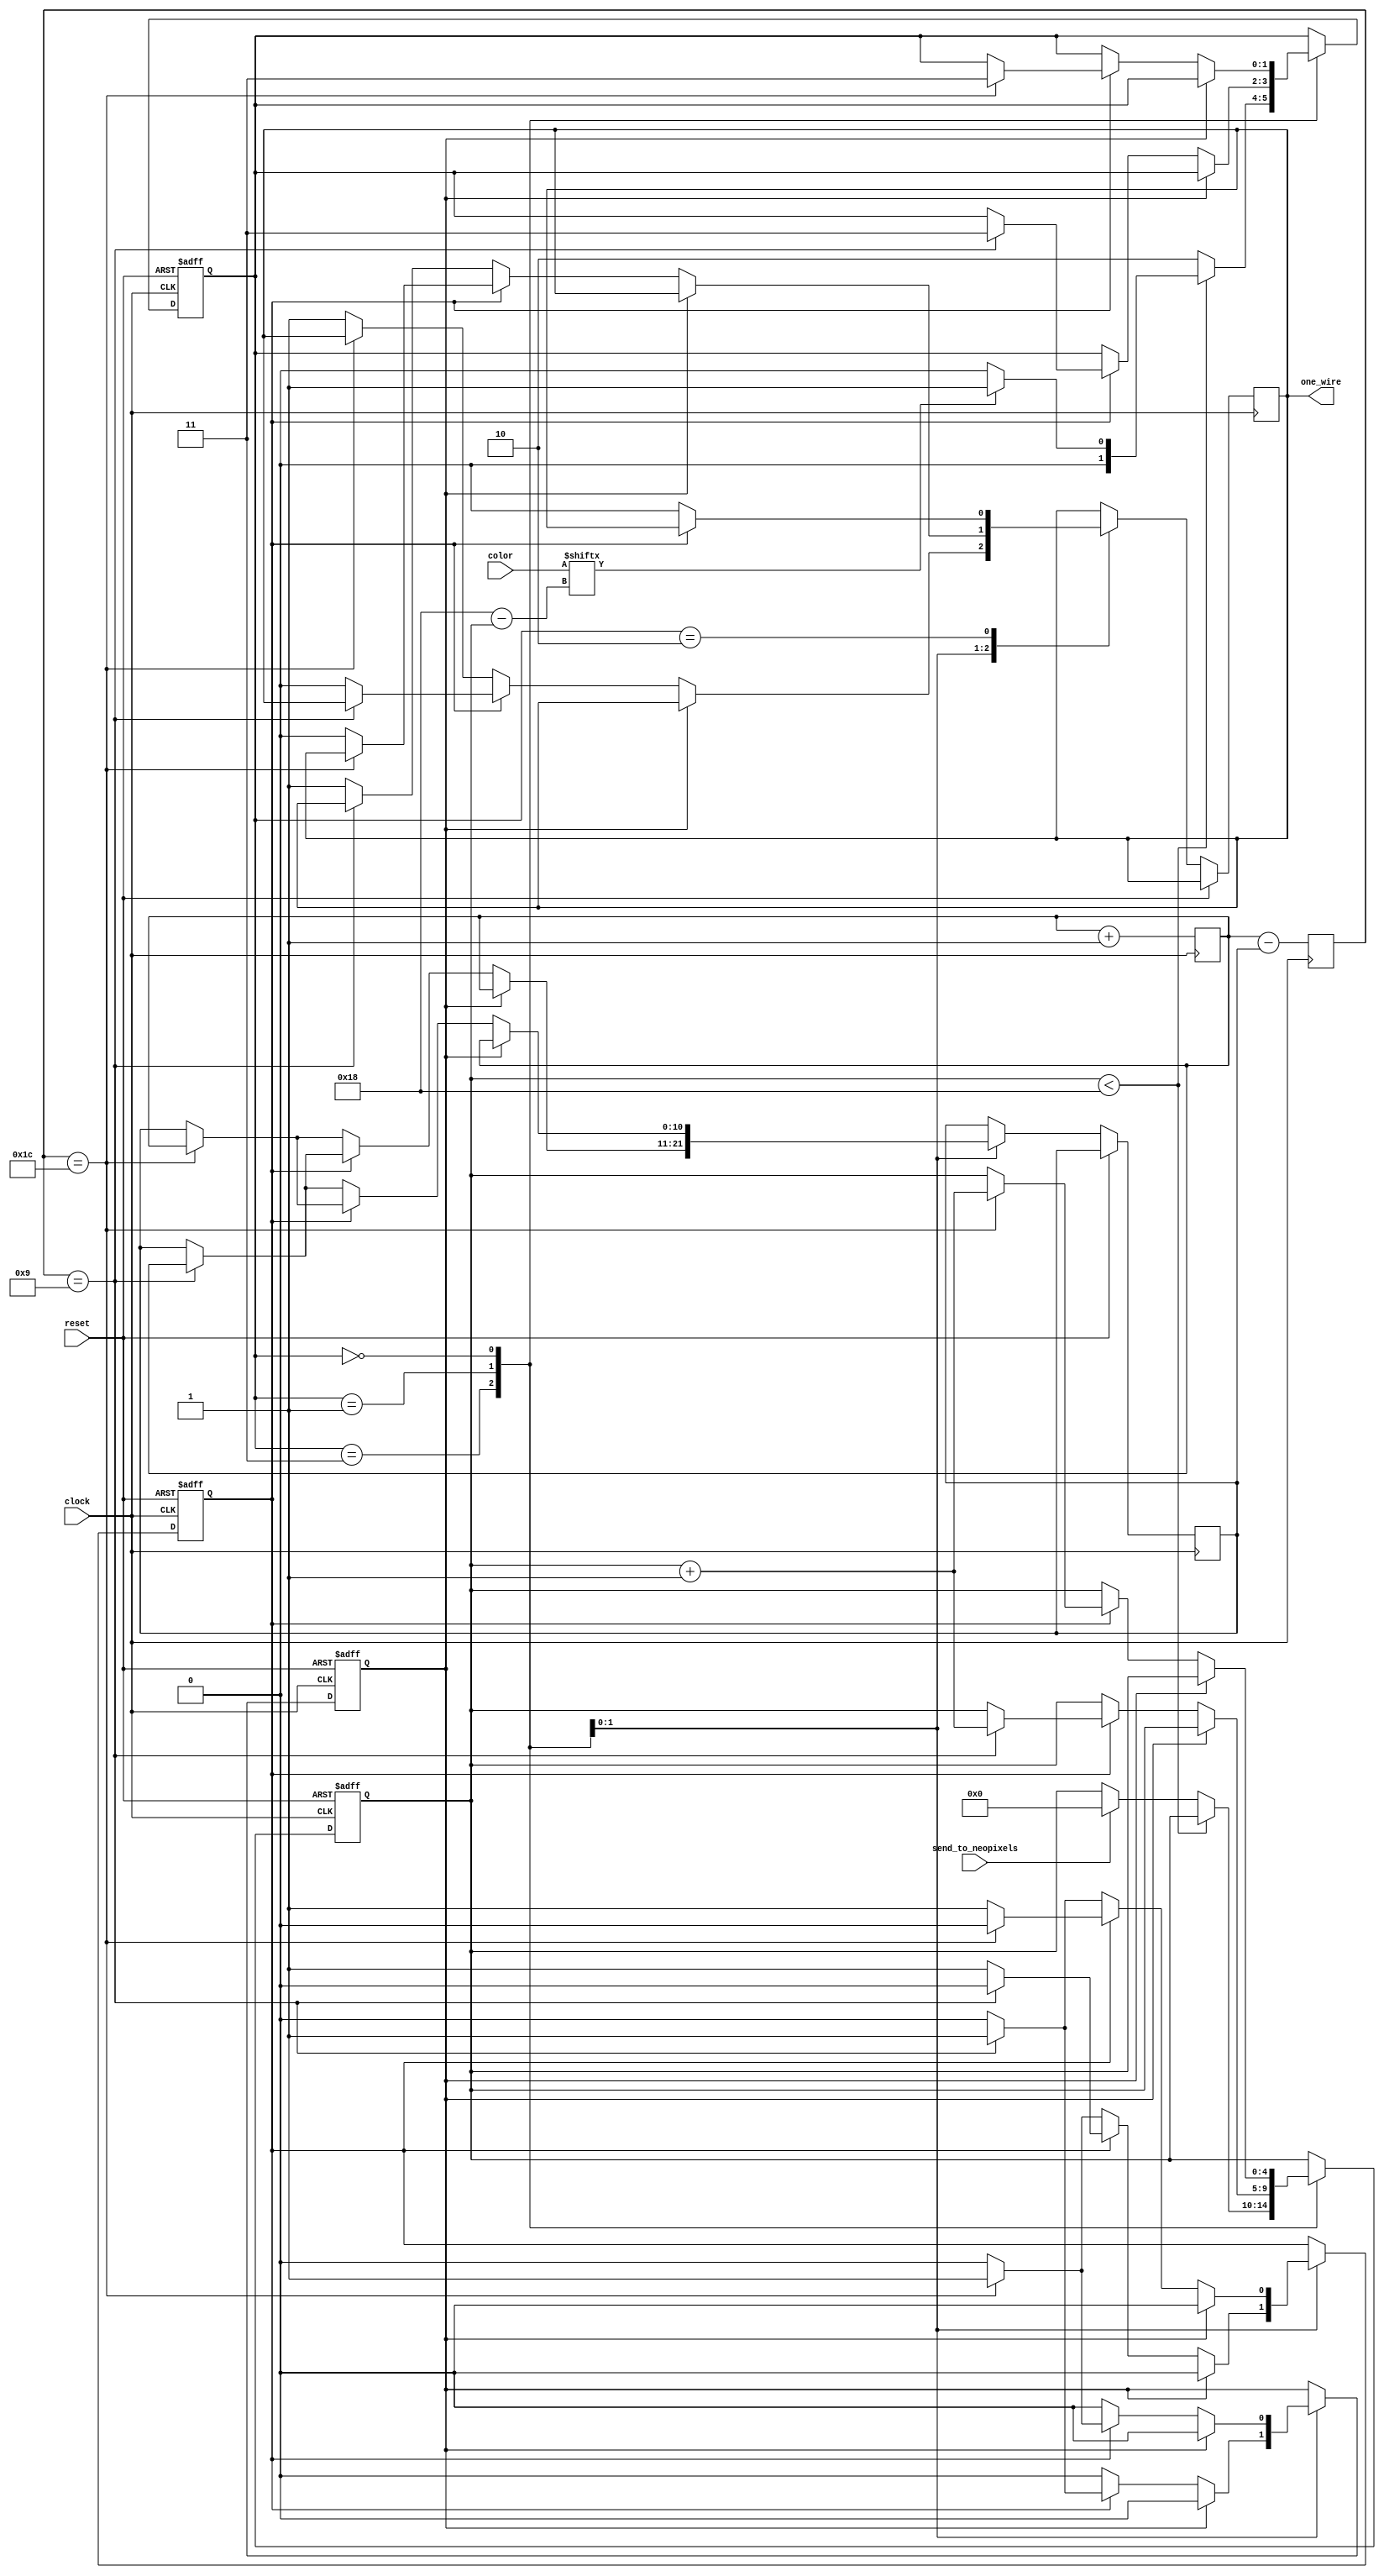
module neopixel #(parameter CLOCK_SPEED_HZ = 32_000_000)(
    input clock,
    input reset,
    input wire [23:0] color,
    input send_to_neopixels,
    output reg one_wire
  );

reg [10:0] timer;
reg [10:0] t0;
reg [10:0] t1;

always @ ( posedge clock ) begin
  timer <= timer + 1;
  t1 <= (timer - t0);
end


reg [1:0] state;
reg [4:0] bit_ctr;
wire color_bit;
reg start;

assign color_bit = color[(24-bit_ctr)];

always @(posedge clock, posedge reset) begin: neo_pixel_transmitter
		parameter SEND_0  = 0, SEND_1 = 1,LATCH = 2, IDLE = 3;
		reg done;
		if(reset==1) begin
			start <= 1;
			done <= 0;
			state <= 3;
			bit_ctr <= 24;
		end else begin
			case(state)
				IDLE : 	begin
								if(bit_ctr<24) begin
									state <= (color_bit?SEND_1:SEND_0);
								end else begin
									state <= LATCH;
									if(send_to_neopixels) begin
										bit_ctr <= 0;
									end
								end
							end
				SEND_1 : begin
								if (start == 1) begin
									t0 <= timer;
									start <= 0;
									done <= 0;
								end else begin
									if( done == 0 ) begin
										if( t1 == (CLOCK_SPEED_HZ/1111111) ) begin // 0.9 us approx 1111111 Hz
											done <= 1;
											t0 <= timer;
										end else begin
    										one_wire <= 1;
										end
									end else begin
										if( t1 == (CLOCK_SPEED_HZ/3333333) ) begin // 0.3 us approx 3333333 Hz
											done <= 0;
											start <= 1;
											t0 <= timer;
											state <= IDLE;
											bit_ctr <= bit_ctr+1;
										end else begin
    										one_wire <= 0;
										end
									end
								end
							end
				SEND_0 : begin
								if (start == 1) begin
									t0 <= timer;
									start <= 0;
									done <= 0;
								end else begin
									if( done == 0 ) begin
										if( t1 == (CLOCK_SPEED_HZ/3333333) ) begin // 0.3 us approx 3333333 Hz
											done <= 1;
											t0 <= timer;
										end else begin
										    one_wire <= 1;
										end
									end else begin
										if( t1 == (CLOCK_SPEED_HZ/1111111) ) begin // 0.9 us approx 1111111 Hz
											done <= 0;
											start <= 1;
											t0 <= timer;
											state <= IDLE;
											bit_ctr <= bit_ctr+1;
										end else begin
										    one_wire <= 0;
										end
									end
								end
							end
				LATCH : begin
								if( done == 0 ) begin
									if( t1 == (CLOCK_SPEED_HZ/12500) ) begin // 80 us approx 12500 Hz
										done <= 0;
										start <= 1;
										state <= IDLE;
									end else begin
									    one_wire <= 0;
									end
								end
							end
			  default : begin
								state <= IDLE;
							end
			endcase
		end
		end
endmodule